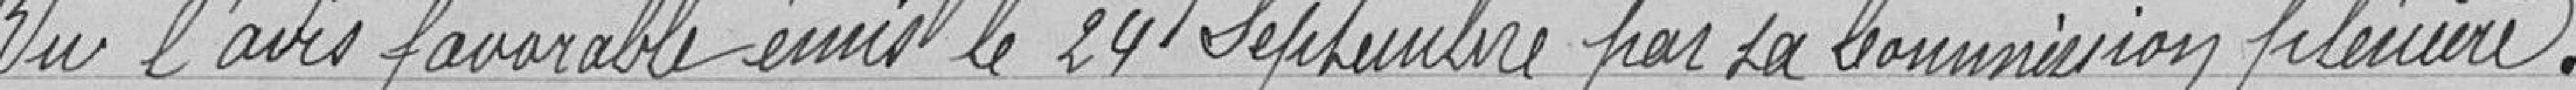
Vu l'avis favorable émis le 24 septembre pour sa commission plénière